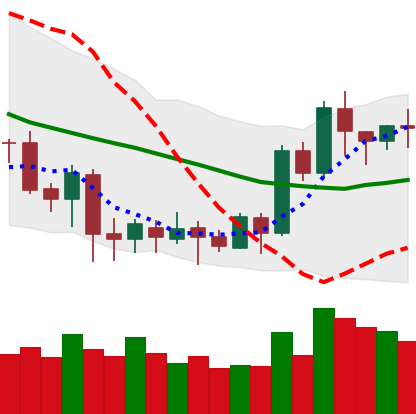
Ticker: LTC-USD
Chart end date: 2020-07-12
Forward return: -6.101%
Label: down_5_7